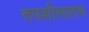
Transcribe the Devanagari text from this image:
तपशीलातच